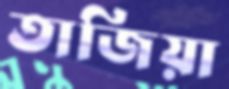
তাজিয়া